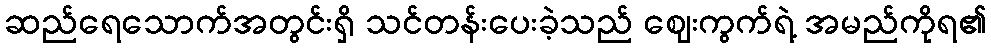
ဆည်ရေသောက်အတွင်းရှိ သင်တန်းပေးခဲ့သည် ဈေးကွက်ရဲ့ အမည်ကိုရ၏